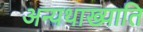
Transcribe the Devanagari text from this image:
अन्यथाख्याति